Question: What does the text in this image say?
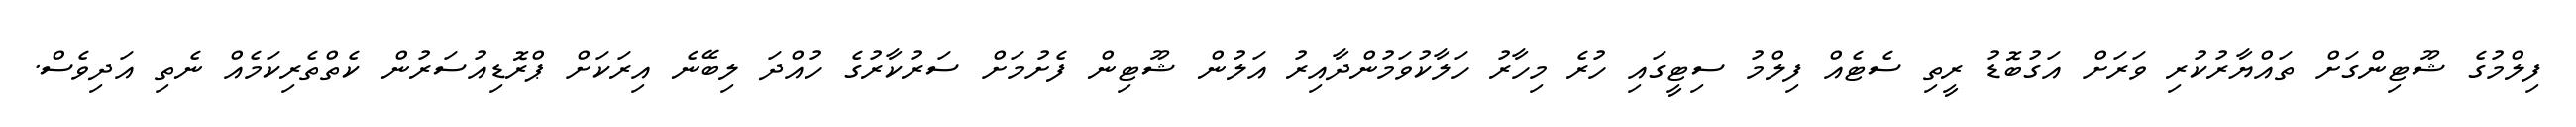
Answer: ފިލްމުގެ ޝޫޓިންގަށް ތައްޔާރުކުރި ވަރަށް އަގުބޮޑު ރީތި ސެޓެއް ފިލްމު ސިޓީގައި ހުރެ މިހާރު ހަލާކުވަމުންދާއިރު އަލުން ޝޫޓިން ފެށުމަށް ސަރުކާރުގެ ހުއްދަ ލިބޭނެ އިރަކަށް ޕްރޮޑިއުސަރުން ކެތްތެރިކަމެއް ނެތި އަދިވެސް.